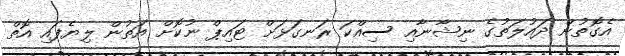
އެގޮތުން ދައުލަތުގެ ނިޝާނާއި ސިއްކަ ރަނގަޅަށް ޓައިޕް ނުކޮށް އަތުން ލިޔެފައި އޮތް